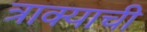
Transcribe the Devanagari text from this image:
त्राक्याची